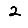
Digit: 2